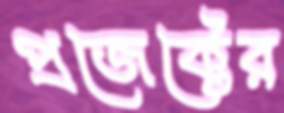
প্রজেক্টের